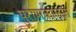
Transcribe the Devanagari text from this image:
पुराणकालात